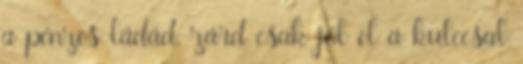
a pénzes ládád, zárd csak jól el a kulccsal